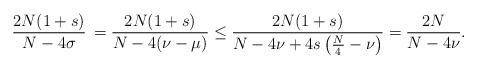
LaTeX: \begin{align*}\frac{2N(1+s)}{N-4\sigma} \,&= \frac{2N(1+s)}{N - 4(\nu-\mu)} \le \frac{2N(1+s)}{N - 4\nu+4s\left(\frac{N}{4}-\nu \right) } = \frac{2N}{N-4\nu} .\end{align*}